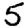
Digit: 5